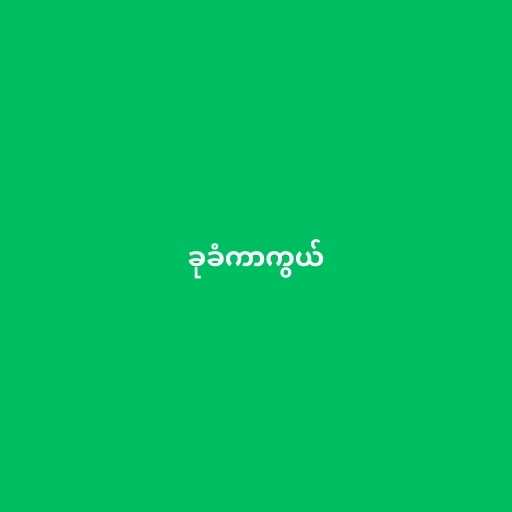
ခုခံကာကွယ်